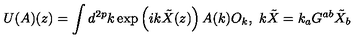
U ( A ) ( z ) = \int d ^ { 2 p } k \exp \left( i k \tilde { X } ( z ) \right) A ( k ) O _ { k } , \ k \tilde { X } = k _ { a } G ^ { a b } \tilde { X } _ { b } \